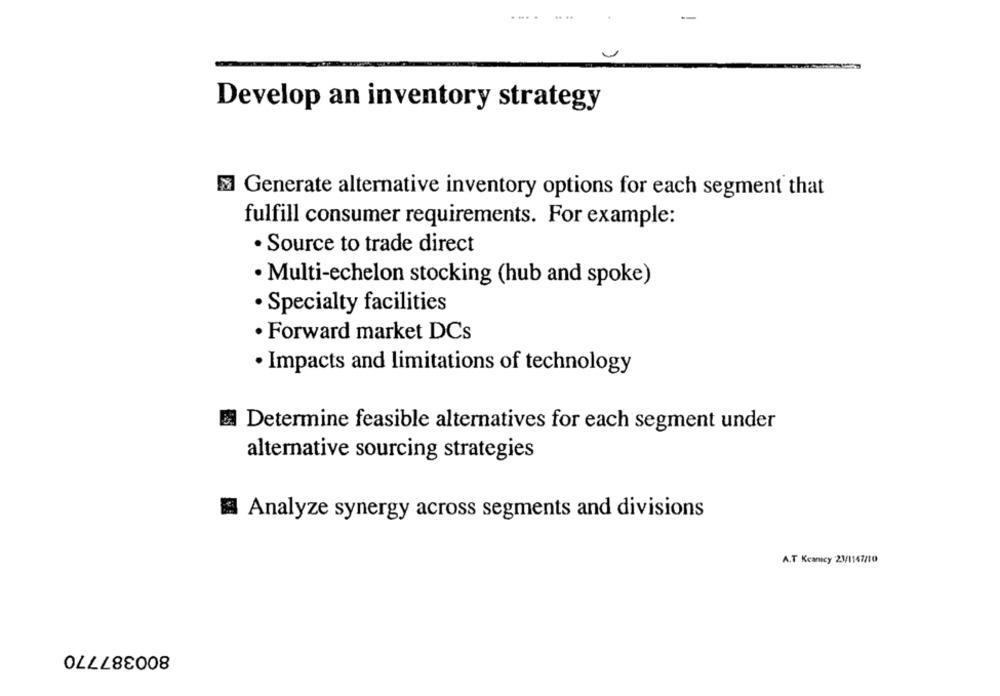
Develop an inventory strategy
Generate alternative inventory options for each segment that
fulfill consumer requirements. For example:
· Source to trade direct
· Multi-echelon stocking (hub and spoke)
· Specialty facilities
· Forward market DCs
· Impacts and limitations of technology
El Determine feasible alternatives for each segment under
alternative sourcing strategies
Analyze synergy across segments and divisions
A.T Keancy 23/1147/10
800387770